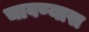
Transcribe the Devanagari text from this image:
चावण्यास